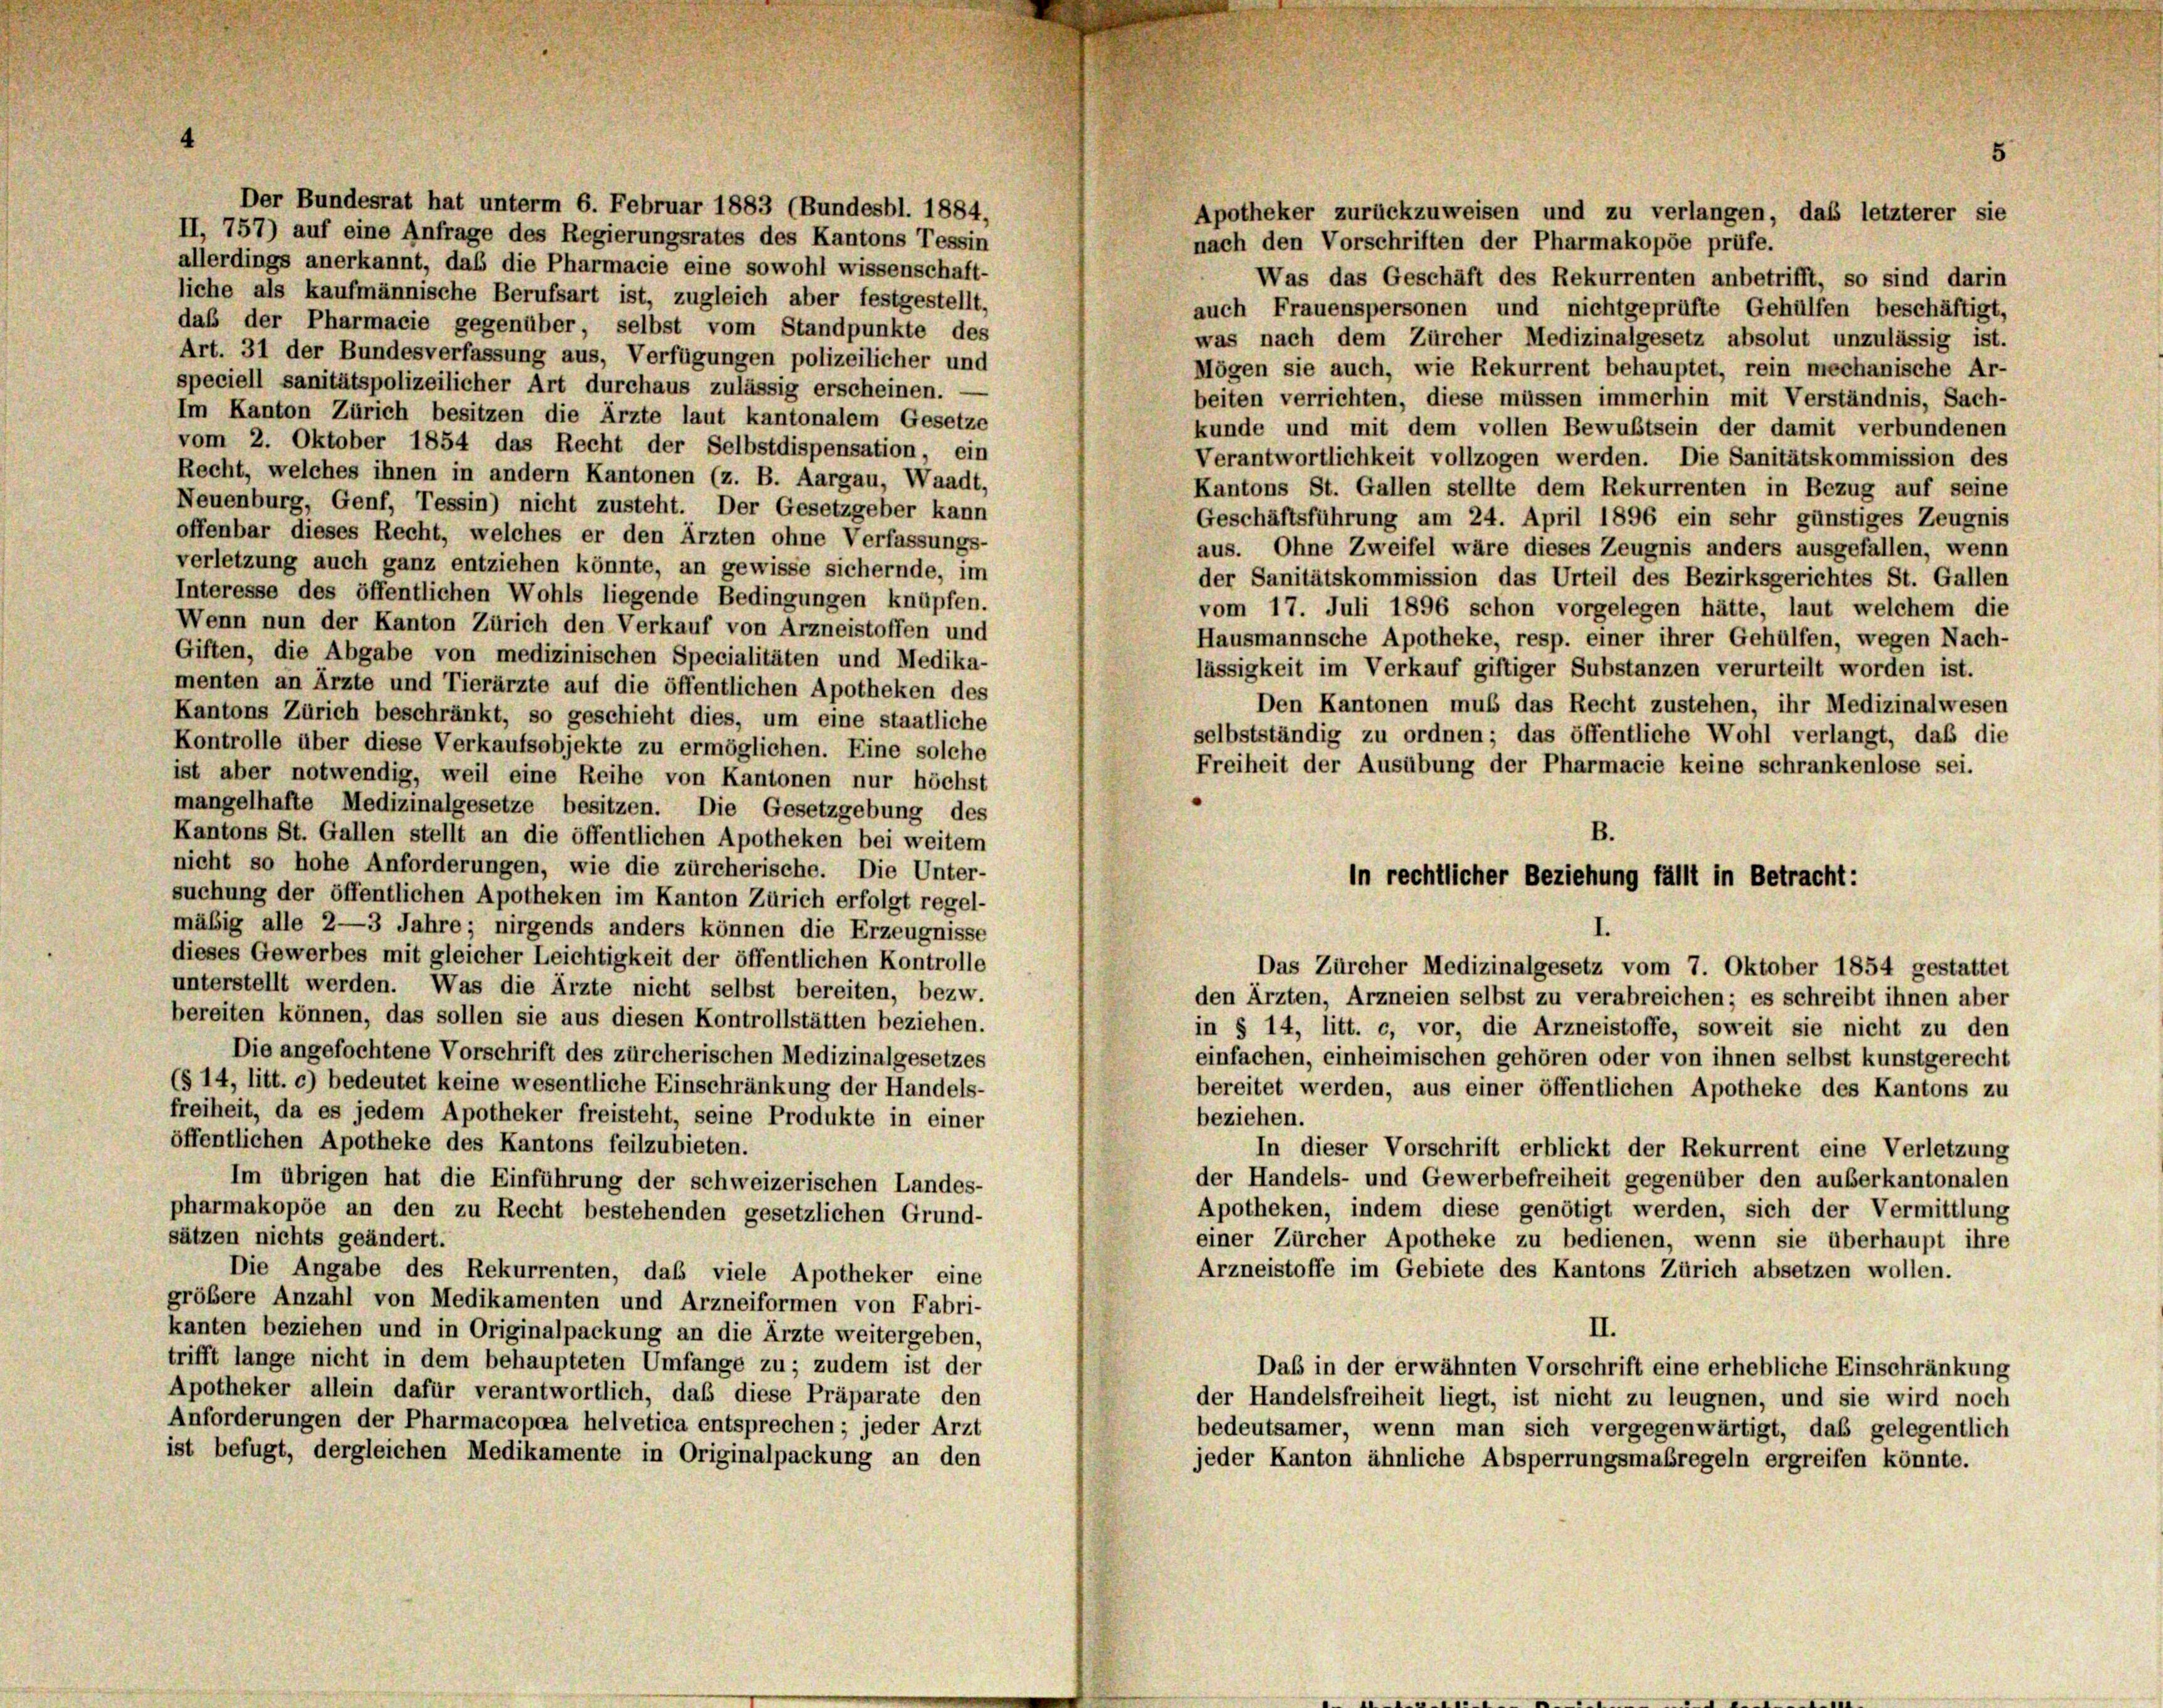
4

Der Bundesrat hat unterm 6. Februar 1883 (Bundesbl. 1884,
Apotheker zurückzuweisen und zu verlangen, daß letzterer sie
II, 757) auf eine Anfrage des Regierungsrates des Kantons Tessin
nach den Vorschriften der Pharmakopöe prüfe.
allerdings anerkannt, daß die Pharmacie eine sowohl wissenschaft-
Was das Geschäft des Rekurrenten anbetrifft, so sind darin
liche als kaufmännische Berufsart ist, zugleich aber festgestellt,
auch Frauenspersonen und nichtgeprüfte Gehülfen beschäftigt,
daß der Pharmacie gegenüber, selbst vom Standpunkte des
was nach dem Zürcher Medizinalgesetz absolut unzulässig ist.
Art. 31 der Bundesverfassung aus, Verfügungen polizeilicher und
Mögen sie auch, wie Rekurrent behauptet, rein mechanische Ar-
speciell sanitätspolizeilicher Art durchaus zulässig erscheinen.
beiten verrichten, diese müssen immerhin mit Verständnis, Sach-
Im Kanton Zürich besitzen die Ärzte laut kantonalem Gesetze
kunde und mit dem vollen Bewußtsein der damit verbundenen
vom 2. Oktober 1854 das Recht der Selbstdispensation, ein
Verantwortlichkeit vollzogen werden. Die Sanitätskommission des
Recht, welches ihnen in andern Kantonen (z. B. Aargau, Waadt,
Kantons St. Gallen stellte dem Rekurrenten in Bezug auf seine
Neuenburg, Genf, Tessin) nicht zusteht. Der Gesetzgeber kann
Geschäftsführung am 24. April 1896 ein sehr günstiges Zeugnis
offenbar dieses Recht, welches er den Ärzten ohne Verfassungs-
aus. Ohne Zweifel wäre dieses Zeugnis anders ausgefallen, wenn
verletzung auch ganz entziehen könnte, an gewisse sichernde, im
der Sanitätskommission das Urteil des Bezirksgerichtes St. Gallen
Interesse des öffentlichen Wohls liegende Bedingungen knüpfen.
vom 17. Juli 1896 schon vorgelegen hätte, laut welchem die
Wenn nun der Kanton Zürich den Verkauf von Arzneistoffen und
Hausmannsche Apotheke, resp. einer ihrer Gehülfen, wegen Nach-
Giften, die Abgabe von medizinischen Specialitäten und Medika-
lässigkeit im Verkauf giftiger Substanzen verurteilt worden ist.
menten an Ärzte und Tierärzte auf die öffentlichen Apotheken des
Den Kantonen muß das Recht zustehen, ihr Medizinalwesen
Kantons Zürich beschränkt, so geschieht dies, um eine staatliche
selbstständig zu ordnen; das öffentliche Wohl verlangt, daß die
Kontrolle über diese Verkaufsobjekte zu ermöglichen. Eine solche
Freiheit der Ausübung der Pharmacie keine schrankenlose sei.
ist aber notwendig, weil eine Reihe von Kantonen nur höchst
mangelhafte Medizinalgesetze besitzen. Die Gesetzgebung des
Kantons St. Gallen stellt an die öffentlichen Apotheken bei weitem
nicht so hohe Anforderungen, wie die zürcherische. Die Unter-
suchung der öffentlichen Apotheken im Kanton Zürich erfolgt regel-
mäbig alle 2—3 Jahre; nirgends anders können die Erzeugnisse
dieses Gewerbes mit gleicher Leichtigkeit der öffentlichen Kontrolle
Das Zürcher Medizinalgesetz vom 7. Oktober 1854 gestattet
unterstellt werden. Was die Ärzte nicht selbst bereiten, bezw.
den Ärzten, Arzneien selbst zu verabreichen; es schreibt ihnen aber
bereiten können, das sollen sie aus diesen Kontrollstätten beziehen.
in § 14, litt. c, vor, die Arzneistoffe, soweit sie nicht zu den
Die angefochtene Vorschrift des zürcherischen Medizinalgesetzes
einfachen, einheimischen gehören oder von ihnen selbst kunstgerecht
(§ 14, litt. c) bedeutet keine wesentliche Einschränkung der Handels-
bereitet werden, aus einer öffentlichen Apotheke des Kantons zu
freiheit, da es jedem Apotheker freisteht, seine Produkte in einer
beziehen.
öffentlichen Apotheke des Kantons feilzubieten.
In dieser Vorschrift erblickt der Rekurrent eine Verletzung
der Handels- und Gewerbefreiheit gegenüber den auserkantonalen
Im übrigen hat die Einführung der schweizerischen Landes-
Apotheken, indem diese genötigt werden, sich der Vermittlung
pharmakopöe an den zu Recht bestehenden gesetzlichen Grund-
sätzen nichts geändert.
einer Zürcher Apotheke zu bedienen, wenn sie überhaupt ihre
Arzneistoffe im Gebiete des Kantons Zürich absetzen wollen.
Die Angabe des Rekurrenten, daß viele Apotheker eine
größere Anzahl von Medikamenten und Arzneiformen von Fabri-
II.
kanten beziehen und in Originalpackung an die Ärzte weitergeben,
trifft lange nicht in dem behaupteten Umfange zu; zudem ist der
Das in der erwähnten Vorschrift eine erhebliche Einschränkung
Apotheker allein dafür verantwortlich, daß diese Präparate den
der Handelsfreiheit liegt, ist nicht zu leugnen, und sie wird noch
Anforderungen der Pharmacopoea helvetica entsprechen ; jeder Arzt
bedeutsamer, wenn man sich vergegenwärtigt, das gelegentlich
ist befugt, dergleichen Medikamente in Originalpackung an den
jeder Kanton ähnliche Absperrungsmaßregeln ergreifen könnte.

In rechtlicher Beziehung fällt in Betracht: